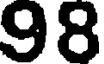
98